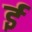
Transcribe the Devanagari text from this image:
र्इ